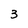
Character: 3